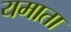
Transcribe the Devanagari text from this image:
यमाता